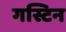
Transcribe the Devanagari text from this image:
गस्टिन